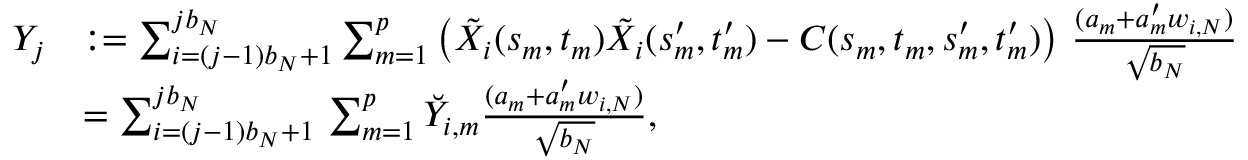
\begin{array} { r l } { Y _ { j } } & { : = \sum _ { i = ( j - 1 ) b _ { N } + 1 } ^ { j b _ { N } } \sum _ { m = 1 } ^ { p } \left( \tilde { X } _ { i } ( s _ { m } , t _ { m } ) \tilde { X } _ { i } ( s _ { m } ^ { \prime } , t _ { m } ^ { \prime } ) - C ( s _ { m } , t _ { m } , s _ { m } ^ { \prime } , t _ { m } ^ { \prime } ) \right) \, \frac { ( a _ { m } + a _ { m } ^ { \prime } w _ { i , N } ) } { \sqrt { b _ { N } } } } \\ & { = \sum _ { i = ( j - 1 ) b _ { N } + 1 } ^ { j b _ { N } } \, \sum _ { m = 1 } ^ { p } \breve { Y } _ { i , m } \frac { ( a _ { m } + a _ { m } ^ { \prime } w _ { i , N } ) } { \sqrt { b _ { N } } } , } \end{array}